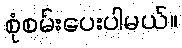
စုံစမ်းပေးပါမယ်။